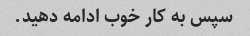
سپس به کار خوب ادامه دهید.